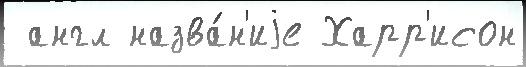
 англ назва́н'иjе Харр'исон